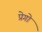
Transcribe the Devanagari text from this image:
प्रेगो